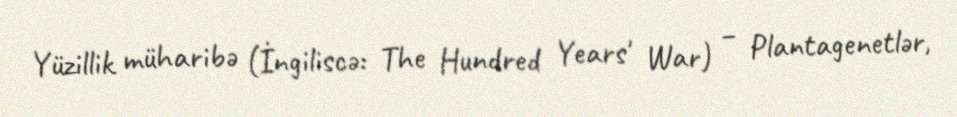
Yüzillik müharibə (İngiliscə: The Hundred Years' War) – Plantagenetlər,